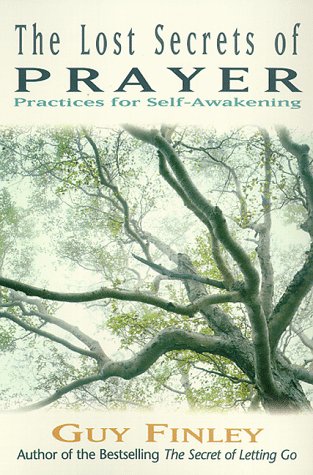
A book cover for The Lost Secrets of Prayer: Practices for Self-Awakening; Guy Finley; Religion & Spirituality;